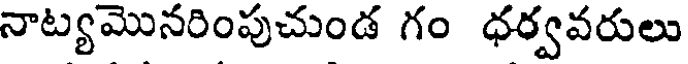
నాట్యమొనరింపుచుండ గం ధర్వవరులు